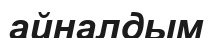
айналдым